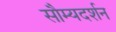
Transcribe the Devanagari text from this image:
सौम्यदर्शन